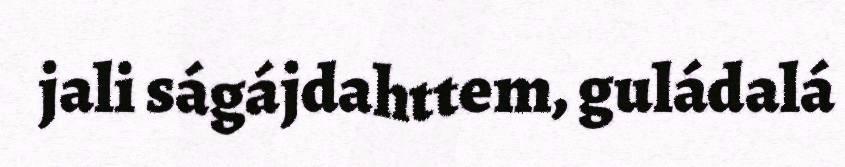
jali ságájdahttem, guládalá